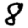
Digit: 8